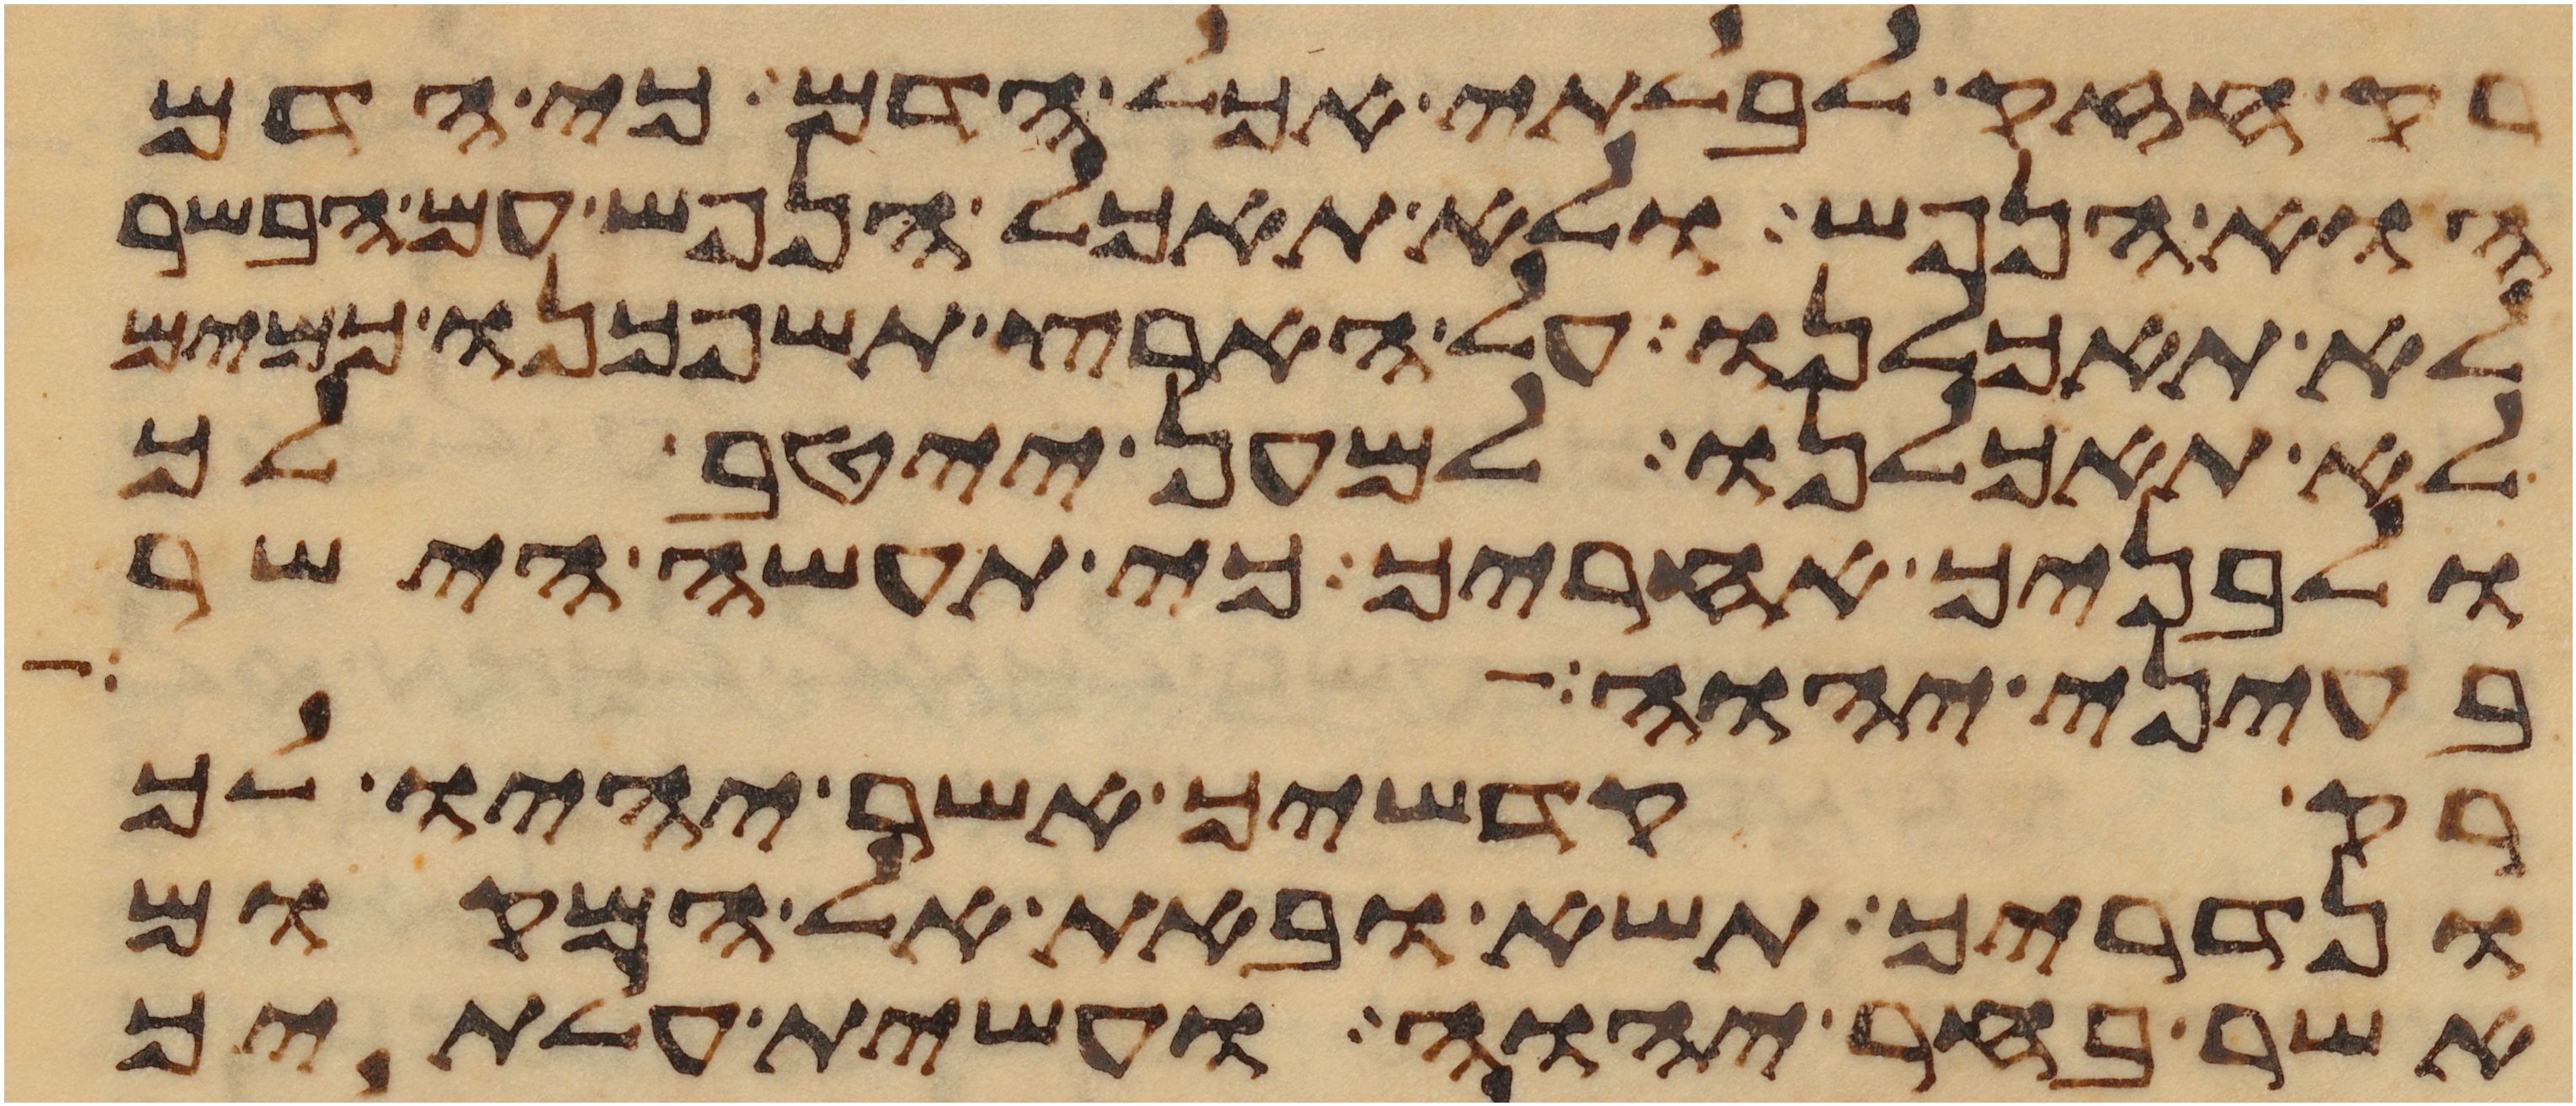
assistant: רק חזק לבלתי אכל הדם כי הדם
הוא הנפש ולא תאכל הנפש עם הבשר
לא תאכלנו על הארץ תשפכנו כמים
לא תאכלנו למען ייטב לך
ולבניך אחריך כי תעשה הישר
בעיני יהוה
רק קדשיך אשר יהיו לך
ונדריך תשא ובאת אל המקום
אשר בחר יהוה ועשית עלתיך